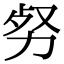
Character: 𠡡